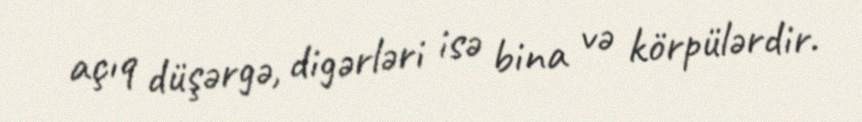
açıq düşərgə, digərləri isə bina və körpülərdir.